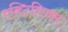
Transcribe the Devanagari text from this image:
एक्टिविजम